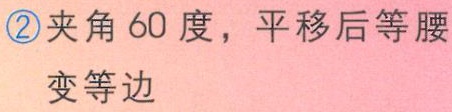
\textcircled{2}夹角 60 度，平移后等腰变等边